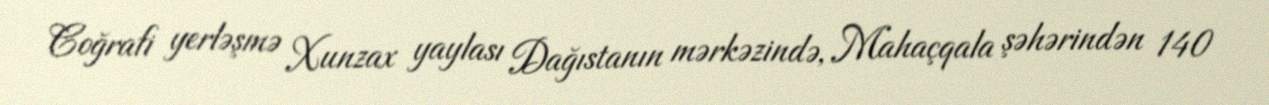
Coğrafi yerləşmə Xunzax yaylası Dağıstanın mərkəzində, Mahaçqala şəhərindən 140